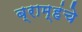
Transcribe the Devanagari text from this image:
ब्राम्हंचे